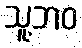
သူ့ဘဝ